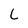
Character: L